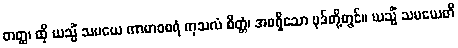
တတ္ထ၊ ထို ယသ္မိံ သမယေ ကာမာဝစရံ ကုသလံ စိတ္တံ၊ အစရှိသော ပုဒ်တို့တွင်။ ယသ္မိံ သမယေတိ